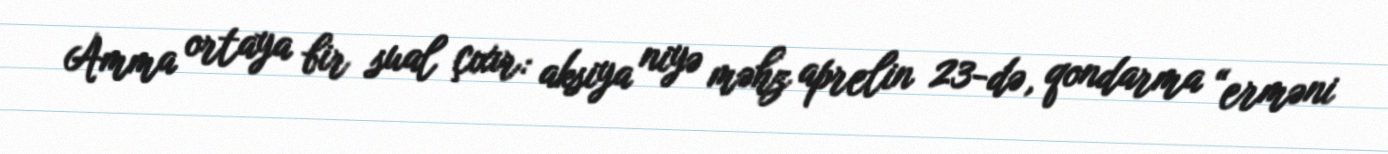
Amma ortaya bir sual çıxır: aksiya niyə məhz aprelin 23-də, qondarma “erməni